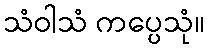
သံဝါသံ ကပ္ပေသုံ။